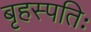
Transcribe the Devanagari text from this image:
बृहस्पतिः